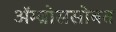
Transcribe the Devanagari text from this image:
ॲम्ब्रोससोबत